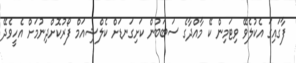
ފާގައިގަ އެކުލެވޭ ވިޓަމިން ކޭ މާއްދާގެ ސަބަބުން ކަށިގަނޑަށް ކެލްޝިއަމް ފޯރުކޮށްދިނުމަށް އެހީވެދޭ